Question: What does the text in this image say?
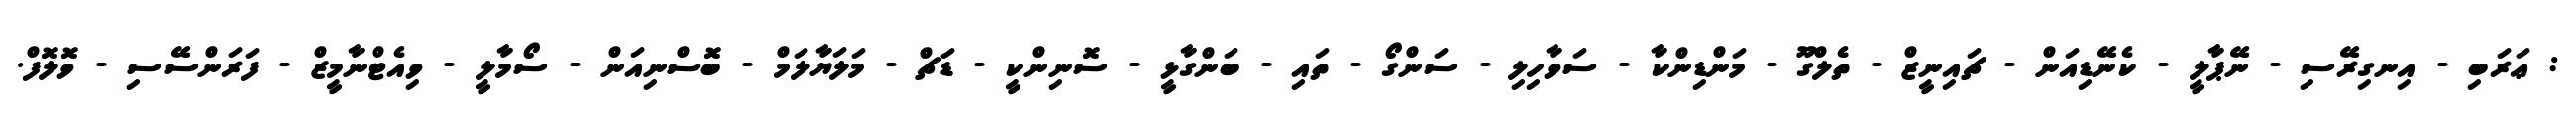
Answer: : ޢަރަބި - އިނގިރޭސި - ނޭޕާލީ - ކެނޭޑިއަން - ޗައިނީޒް - ތެލްގޫ - މަންޑިންކާ - ސަވާހިލި - ސަންގޯ - ތައި - ބަންގާޅީ - ސޮނިންކީ - ޑަޗް - މަލަޔާލަމް - ބޮސްނިއަން - ސޯމާލީ - ވިއެޓްނާމީޒް - ފަރަންސޭސި - ވޮލޮފް.